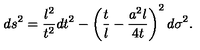
d s ^ { 2 } = \frac { l ^ { 2 } } { t ^ { 2 } } d t ^ { 2 } - \left( \frac t l - \frac { a ^ { 2 } l } { 4 t } \right) ^ { 2 } d \sigma ^ { 2 } .